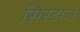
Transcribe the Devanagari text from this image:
सिस्टम्ज